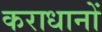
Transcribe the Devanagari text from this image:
कराधानों